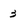
Character: 3